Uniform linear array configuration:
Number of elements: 8
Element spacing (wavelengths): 1
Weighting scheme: uniform
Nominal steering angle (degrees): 60
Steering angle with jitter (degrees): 59.999
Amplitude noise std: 0.05
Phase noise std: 0.05

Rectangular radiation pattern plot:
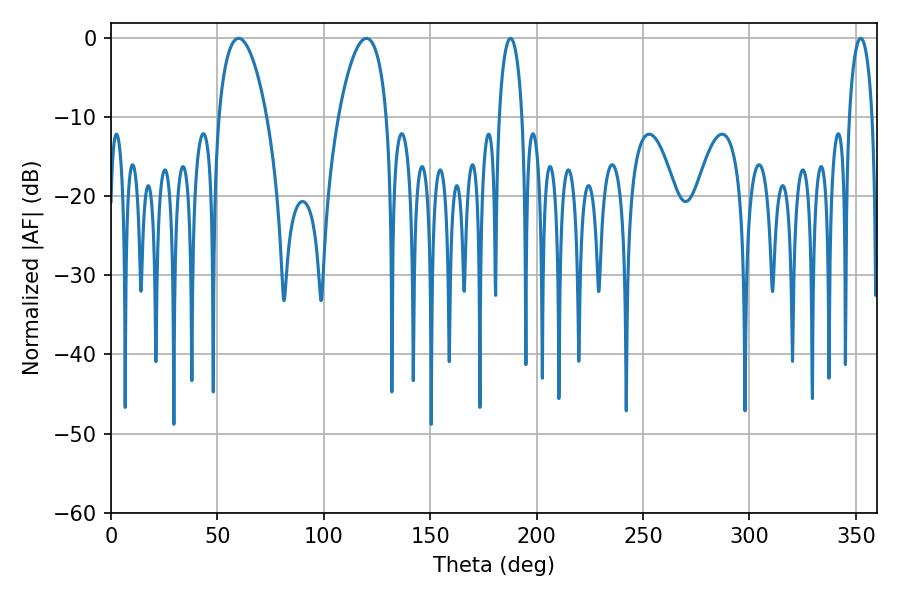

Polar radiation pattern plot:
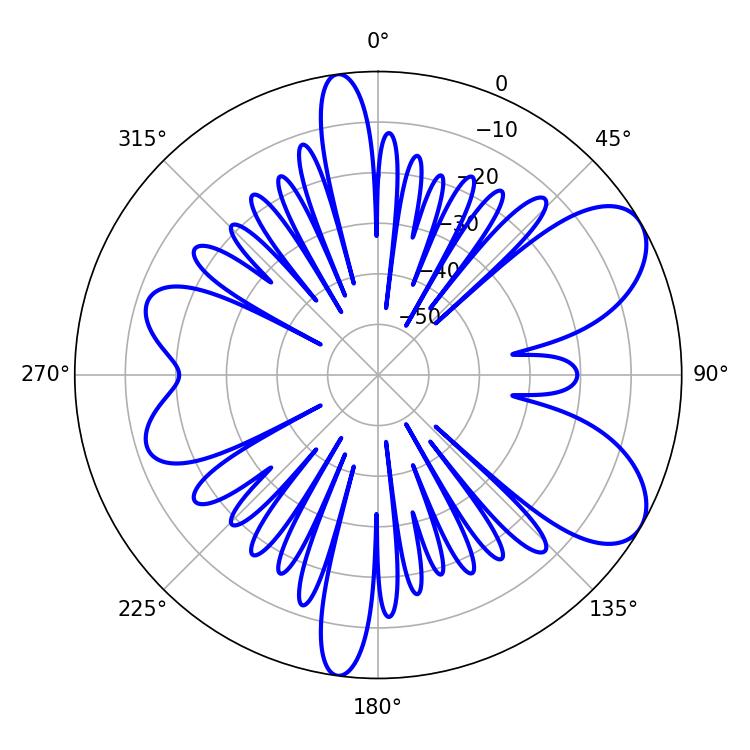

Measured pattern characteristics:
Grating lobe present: TRUE
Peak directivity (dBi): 7.573
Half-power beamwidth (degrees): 12.78
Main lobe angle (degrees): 59.94